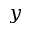
y